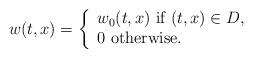
LaTeX: \begin{align*} w(t,x)=\left\{ \begin{array}{l} w_{0}(t,x) \ \hbox{if} \ (t,x)\in D,\\ 0 \ \hbox{otherwise}. \\\end{array} \right. \end{align*}